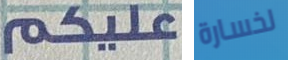
غليكم لخسارة